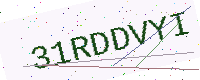
Text: 31RDDVYI